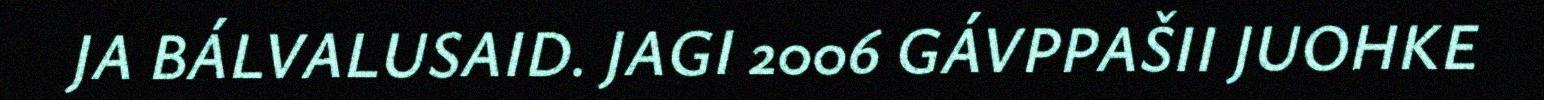
JA BÁLVALUSAID. JAGI 2006 GÁVPPAŠII JUOHKE